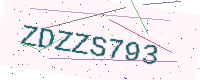
Text: ZDZZS793